Indian journal of veterinary science and animal husbandry - Volume 9,
Year: 1939
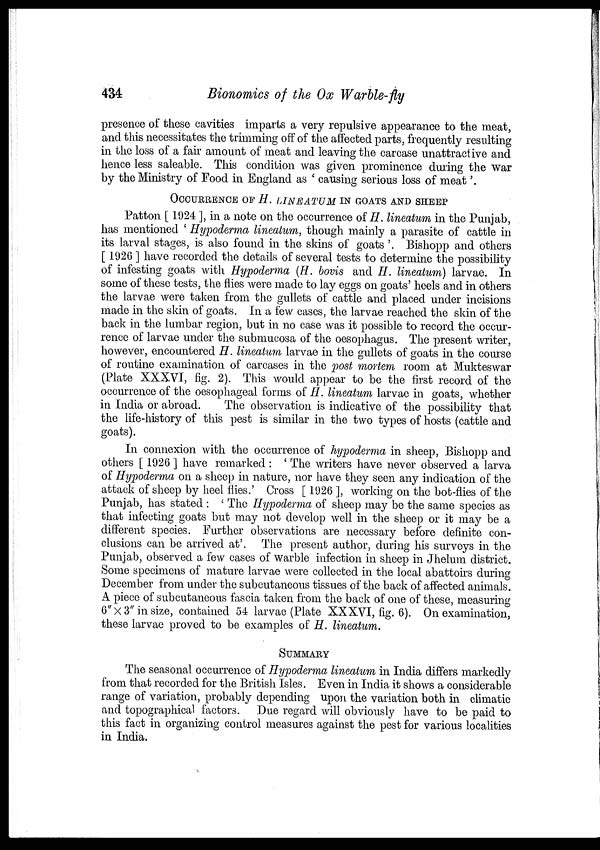
434
Bionomics of the Ox Warble-fly
presence of these cavities imparts a very repulsive appearance to the meat,
and this necessitates the trimming off of the affected parts, frequently resulting
in the loss of a fair amount of meat and leaving the carcase unattractive and
hence less saleable. This condition was given prominence during the war
by the Ministry of Food in England as ' causing serious loss of meat'.
OCCURRENCE OF H. LINEATUM IN GOATS AND SHEEP
Patton [ 1924 ], in a note on the occurrence of H. lineatum in the Punjab,
has mentioned ' Hypoderma lineatum, though mainly a parasite of cattle in
its larval stages, is also found in the skins of goats'. Bishopp and others
[ 1926 ] have recorded the details of several tests to determine the possibility
of infesting goats with Hypoderma (H. bovis and H. lineatum) larvae. In
some of these tests, the flies were made to lay eggs on goats' heels and in others
the larvae were taken from the gullets of cattle and placed under incisions
made in the skin of goats. In a few cases, the larvae reached the skin of the
back in the lumbar region, but in no case was it possible to record the occur-
rence of larvae under the submucosa of the oesophagus. The present writer,
however, encountered H. lineatum larvae in the gullets of goats in the course
of routine examination of carcases in the post mortem room at Mukteswar
(Plate XXXVI, fig. 2). This would appear to be the first record of the
occurrence of the oesophageal forms of H. lineatum larvae in goats, whether
in India or abroad.
The observation is indicative of the possibility that
the life-history of this pest is similar in the two types of hosts (cattle and
goats).
In connexion with the occurrence of hypoderma in sheep, Bishopp and
others [ 1926 ] have remarked : ' The writers have never observed a larva
of Hypoderma on a sheep in nature, nor have they seen any indication of the
attack of sheep by heel flies.' Cross [ 1926 ], working on the bot-flies of the
Punjab, has stated : ' The Hypoderma of sheep may be the same species as
that infecting goats but may not develop well in the sheep or it may be a
different species. Further observations are necessary before definite con-
clusions can be arrived at'. The present author, during his surveys in the
Punjab, observed a few cases of warble infection in sheep in Jhelum district.
Some specimens of mature larvae were collected in the local abattoirs during
December from under the subcutaneous tissues of the back of affected animals.
A piece of subcutaneous fascia taken from the back of one of these, measuring
6"×3" in size, contained 54 larvae (Plate XXXVI, fig. 6). On examination,
these larvae proved to be examples of H. lineatum.
SUMMARY
The seasonal occurrence of Hypoderma lineatum in India differs markedly
from that recorded for the British Isles. Even in India it shows a considerable
range of variation, probably depending upon the variation both in climatic
and topographical factors. Due regard will obviously have to be paid to
this fact in organizing control measures against the pest for various localities
in India.